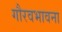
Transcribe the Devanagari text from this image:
गौरवभावना